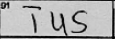
Transcription: TUS